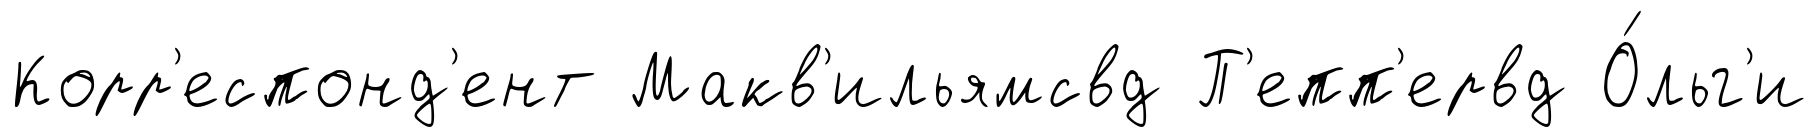
Корр'еспонд'ент Макв'ильямсвд П'епп'ервд О́льг'и